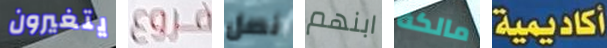
يتغيرون فروع نصل ابنهم مالكة أكاديمية